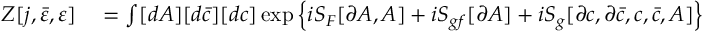
\begin{array} { r l } { Z [ j , { \bar { \varepsilon } } , \varepsilon ] } & { { } = \int [ d A ] [ d { \bar { c } } ] [ d c ] \exp \left\{ i S _ { F } [ \partial A , A ] + i S _ { g f } [ \partial A ] + i S _ { g } [ \partial c , \partial { \bar { c } } , c , { \bar { c } } , A ] \right\} } \end{array}